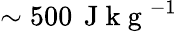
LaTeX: \sim 500\, \mathrm{~J~k~g~}^{-1}